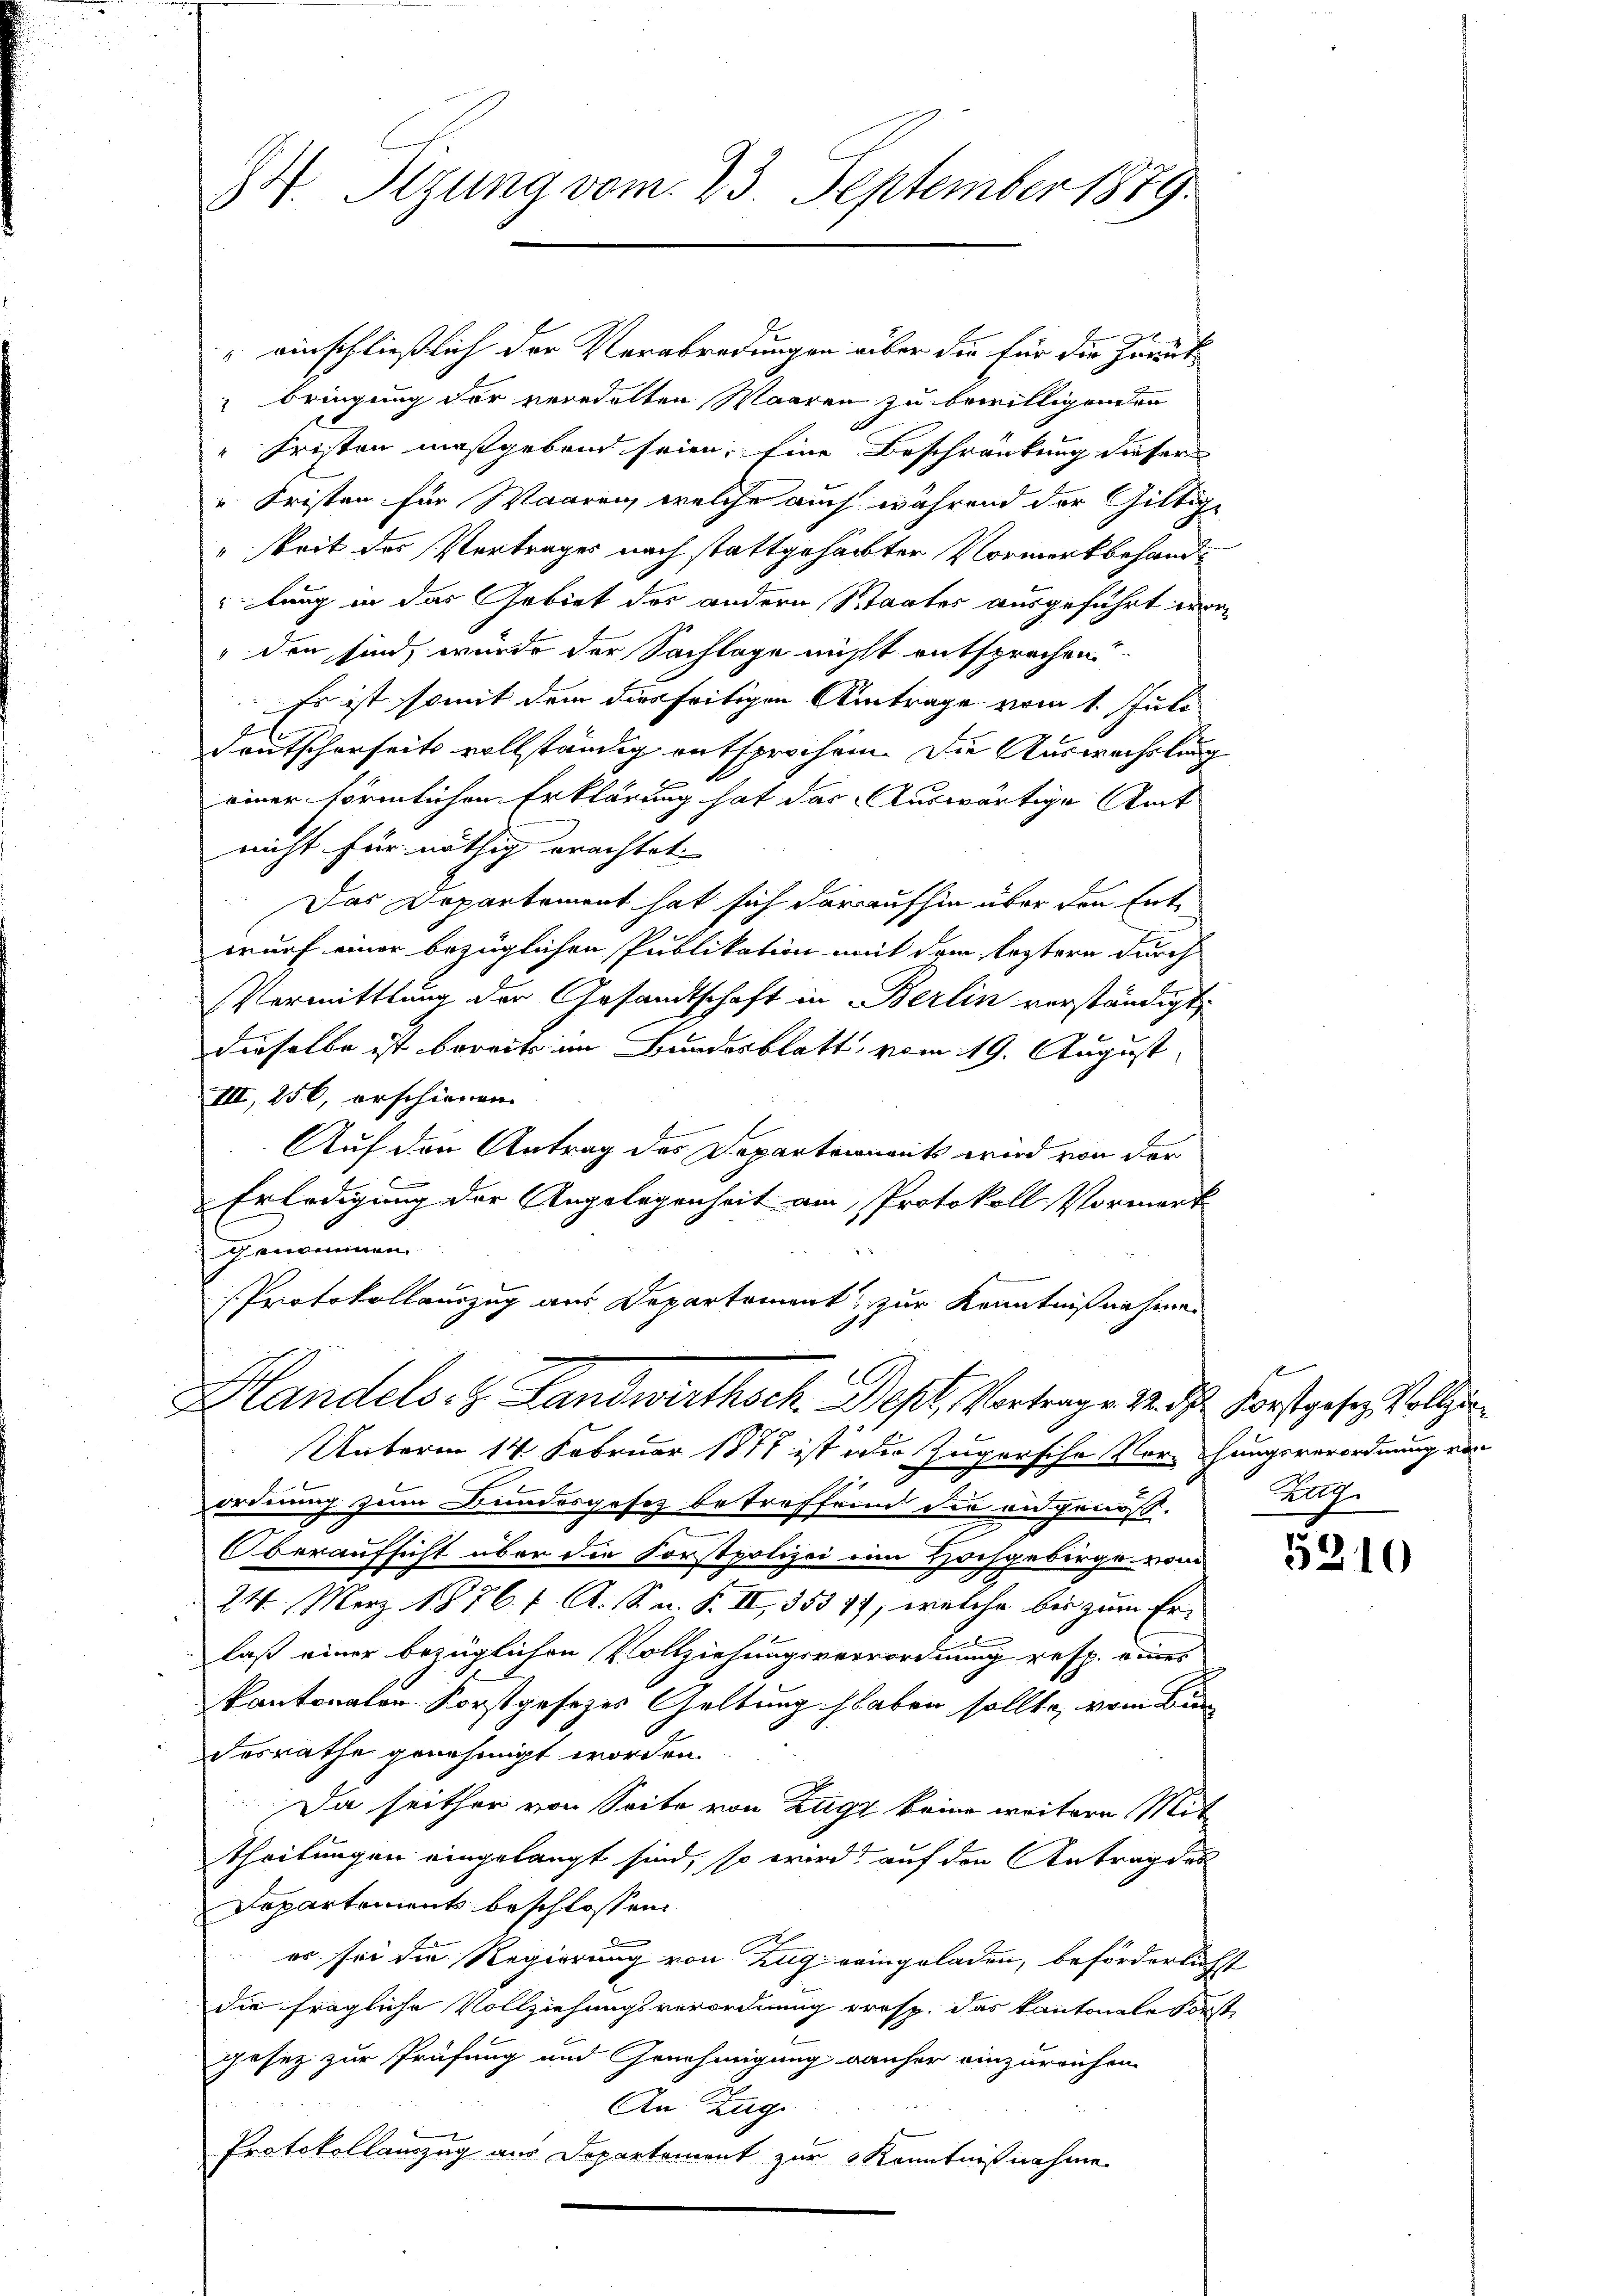
84. Sizung vom 23. September 1849

Hlandels- & Landwirthsch. Dest, Vortrage M. d. Forstgesen Vollzi

“ einschließlich der Verabredungen aber die für die Zeit
 bringung der veredelten Waaren zu bewilligenden
d
"Fristen maßgebend seien. Eine Beschränkung dieser
„Fristen für Waaren, welche auch während der Giltige
keit des Vertrages nach stattgehabter Vormerkbehandlang in das Gebiet des andern Staates ausgeführt wor¬
" den sind, wurde der Sachlage nicht entsprechen
Es ist somit dem diesseitigen Antrage vom 1. Juli
Deutscherheits vollständig entsprochen. Die Auswechslung
einer förmlichen Erklärung hat das Auswärtige Amt
nicht für nöthig erachtet.
Das Departement hat sich daraufhin über den Entwurf einer bezüglichen Publikation mit dem leztern durch
Vermittlung der Gesandtschaft in Berlin verständigt,
dieselbe ist bereits im Bundesblatt vom 19. August
III, 256, erschienen |
Auf den Antrag des Departements wird von der
Erledigung der Angelegenheit am Protokoll Vormerk
genommen.
Protokollauszug aus Departement zur Kenntnißnahme

Unterm 14. Februar 1877 ist die Zugersche Vorschungsverordnung vor
2
ordnung zum Bundesgesetz betreffend die an genöß¬
Oberaufsicht über die Forstpolizei im Hochgebirge vom
24. Merz 1876. 1. A. S. n. F. II, 355 19, welche bis zum Erlaß einer bezüglichen Vollziehungsverrordnung resp. eines
kantonalen Forstgesezes Geltung haben sollte, vom Bun
desrathe genehmigt worden.
Da seither von Seite von Zuge keine weitere Mittheilungen eingelangt sind, so wird auf den Antrag des
Departements beschlossen:
d
es sei die Regierung von Zug reingeladen, beförderlichst
die fragliche Vollziehungsverordnung resp. das kantonale Forst
gesez zur Prüfung und Genehmigung anher einzureichen
An Zug
Protokollauszug aus Departement zur Kenntnißnahme

f
zug.

5310